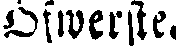
Öfwerste.